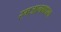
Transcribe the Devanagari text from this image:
रमजानमधला